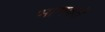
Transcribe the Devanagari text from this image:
भागवते